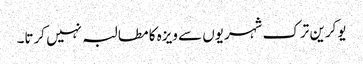
یوکرین ترک شہریوں سے ویزہ کا مطالبہ نہیں کرتا۔